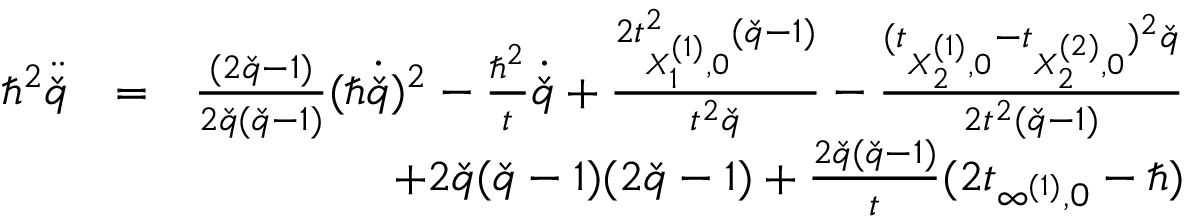
\begin{array} { r l r } { \hbar ^ { 2 } \ddot { \check { q } } } & { = } & { \frac { ( 2 \check { q } - 1 ) } { 2 \check { q } ( \check { q } - 1 ) } ( \hbar \dot { \check { q } } ) ^ { 2 } - \frac { \hbar ^ { 2 } } { t } \dot { \check { q } } + \frac { 2 t _ { X _ { 1 } ^ { ( 1 ) } , 0 } ^ { 2 } ( \check { q } - 1 ) } { t ^ { 2 } \check { q } } - \frac { ( t _ { X _ { 2 } ^ { ( 1 ) } , 0 } - t _ { X _ { 2 } ^ { ( 2 ) } , 0 } ) ^ { 2 } \check { q } } { 2 t ^ { 2 } ( \check { q } - 1 ) } } \\ & { } & { + 2 \check { q } ( \check { q } - 1 ) ( 2 \check { q } - 1 ) + \frac { 2 \check { q } ( \check { q } - 1 ) } { t } ( 2 t _ { \infty ^ { ( 1 ) } , 0 } - \hbar ) } \end{array}